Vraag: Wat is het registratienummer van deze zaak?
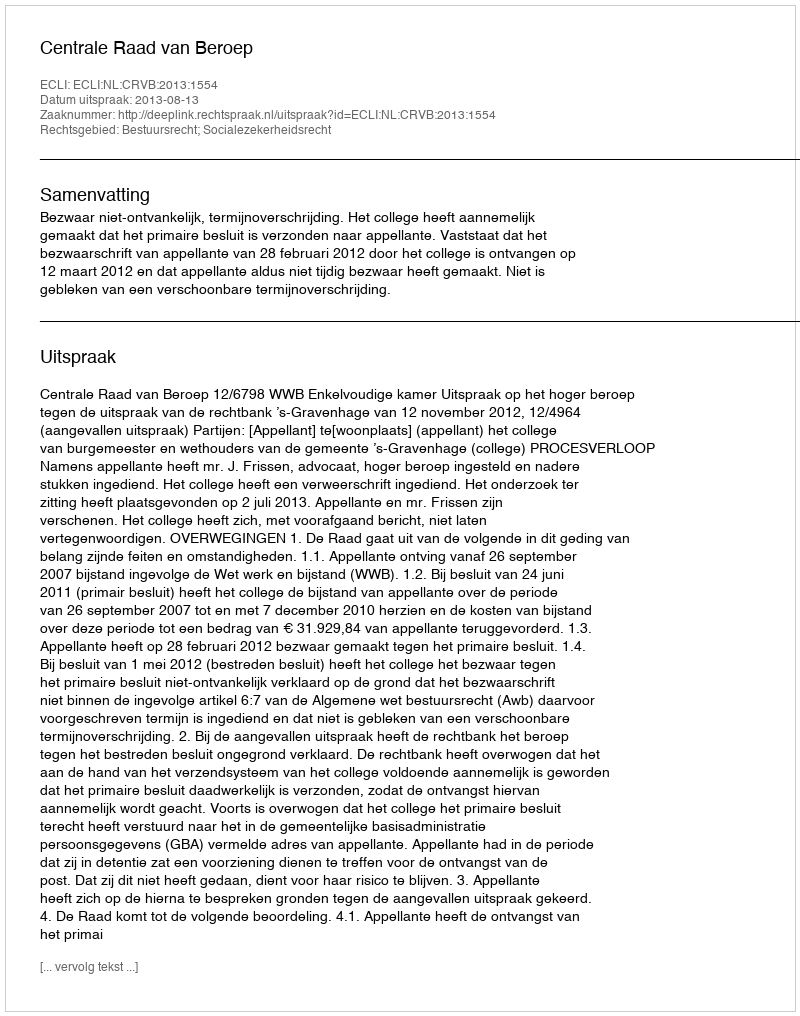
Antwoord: http://deeplink.rechtspraak.nl/uitspraak?id=ECLI:NL:CRVB:2013:1554